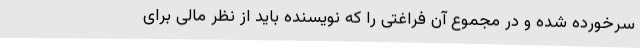
سرخورده شده و در مجموع آن فراغتی را که نویسنده باید از نظر مالی برای